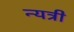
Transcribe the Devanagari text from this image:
न्यत्री